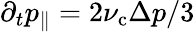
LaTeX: \partial_{t}p_{\| }=2\nu_{\mathrm{c}}\Delta p/3